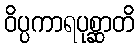
ဝိပ္ပကာရပုစ္ဆာတိ